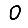
Digit: 0